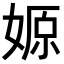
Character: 𡞼